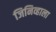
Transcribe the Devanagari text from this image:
जिनिव्हाला